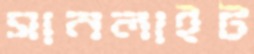
সানলাইট